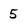
Character: 5